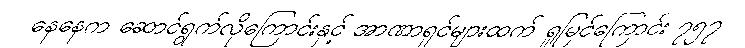
နေနေက ဆောင်ရွက်လိုကြောင်းနှင့် အာဏာရှင်များထက် ရှုမြင်ကြောင်း ၇၅၇